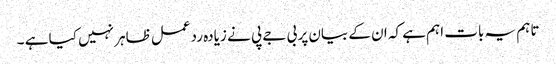
تاہم یہ بات اہم ہے کہ ان کے بیان پر بی جے پی نے زیادہ ردعمل ظاہر نہیں کیا ہے ۔